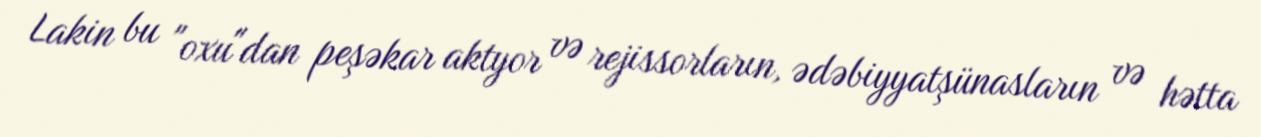
Lakin bu "oxu"dan peşəkar aktyor və rejissorların, ədəbiyyatşünasların və hətta